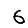
Digit: 6